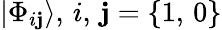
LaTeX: |\Phi_{i\mathbf{j}}\rangle,\, i,\, \mathbf{j}=\{ 1,\, 0\}